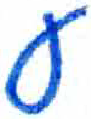
אות: ע